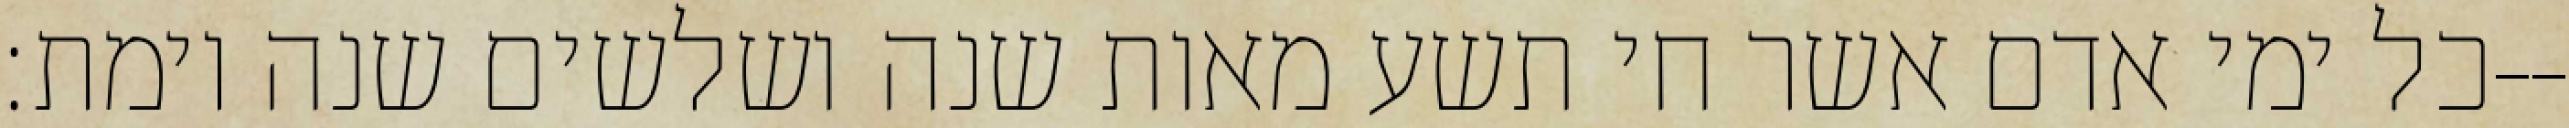
כל ימי אדם אשר חי תשע מאות שנה ושלשים שנה וימת׃--